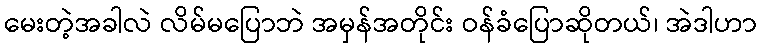
မေးတဲ့အခါလဲ လိမ်မပြောဘဲ အမှန်အတိုင်း ဝန်ခံပြောဆိုတယ်၊ အဲဒါဟာ